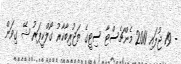
- 19 ޖުލައި 2011 މެންޗެސްޓާ ސިޓީގެ ތަޖުރިބާކާރު ގޯލްކީޕަރު ޝޭ ގިވަން